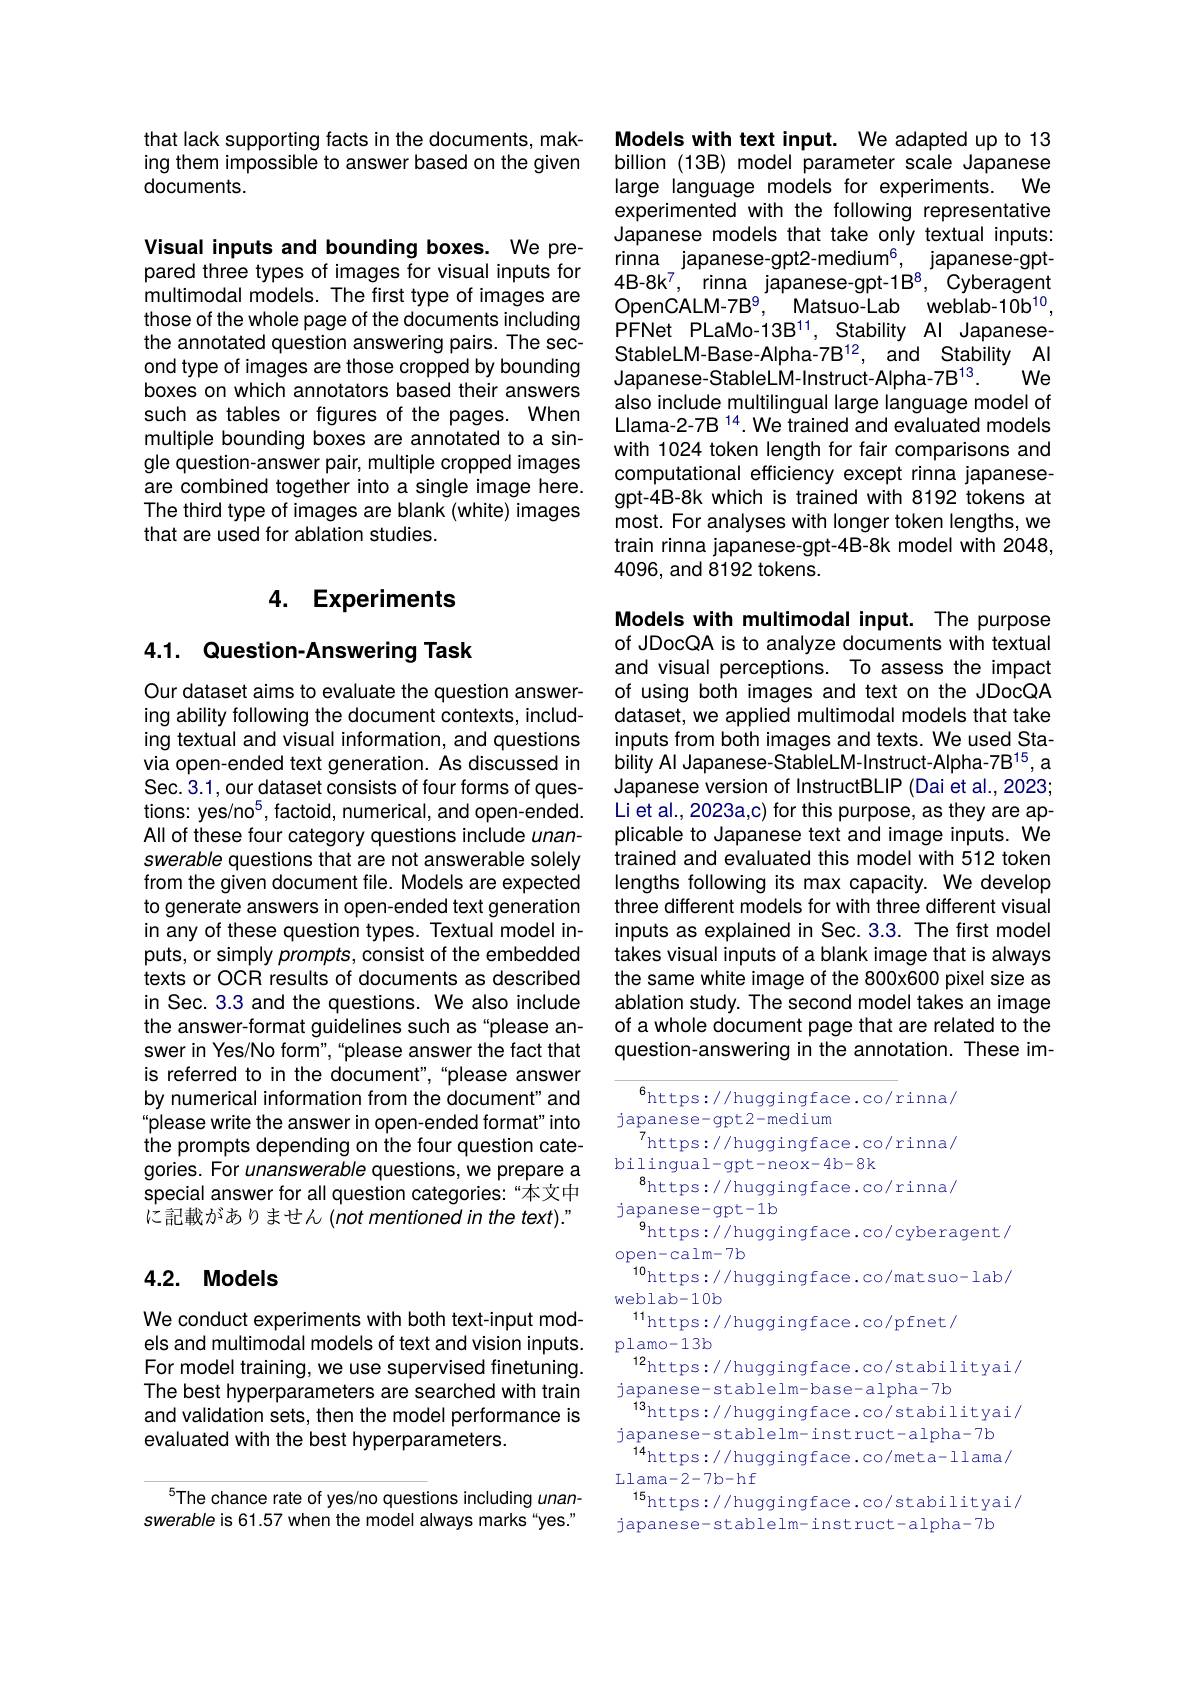
that lack supporting facts in the documents, making them impossible to answer based on the given documents.

Visual inputs and bounding boxes. We prepared three types of images for visual inputs for multimodal models. The first type of images are those of the whole page of the documents including the annotated question answering pairs. The second type of images are those cropped by bounding boxes on which annotators based their answers such as tables or figures of the pages. When multiple bounding boxes are annotated to a single question-answer pair, multiple cropped images are combined together into a single image here. The third type of images are blank (white) images that are used for ablation studies.

## 4. Experiments

## 4.1. Question-Answering Task

Our dataset aims to evaluate the question answering ability following the document contexts, including textual and visual information, and questions via open-ended text generation. As discussed in Sec. 3.1, our dataset consists of four forms of questions: yes/no$^5$, factoid, numerical, and open-ended. All of these four category questions include unanswerable questions that are not answerable solely from the given document file. Models are expected to generate answers in open-ended text generation in any of these question types. Textual model inputs, or simply prompts, consist of the embedded texts or OCR results of documents as described in Sec. 3.3 and the questions. We also include the answer-format guidelines such as "please answer in Yes/No form",“please answer the fact that is referred to in the document",“please answer by numerical information from the document" and "please write the answer in open-ended format" into the prompts depending on the four question categories. For unanswerable questions, we prepare a special answer for all question categories:“本文中に記載がありません(not mentioned in the text)."

## 4.2. Models

We conduct experiments with both text-input models and multimodal models of text and vision inputs. For model training, we use supervised finetuning. The best hyperparameters are searched with train and validation sets, then the model performance is evaluated with the best hyperparameters.

The chance rate of yes/no questions including unanswerable is 61.57 when the model always marks“yes."

Models with text input. We adapted up to 13 billion (13B) model parameter scale Japanese
$We$
large language models for experiments.
experimented with the following representative Japanese models that take only textual inputs: rinina japanese-gpt2-medium$^6$, japanese-gpt- 4B-8k7, rinna japanese-gpt-1B8, Cyberagent $\mathsf{OpenCALM-7B}^{9}$,
Matsuo-Lab weblab-10b$^{10}$,
PFNet PLaMo-13B$^{11}$, Stability Al Japanese- $StableLM- Base- Alpha- 7B^{12}$, and Stability $Al$ Japanese- StableL M-Instruct- Alpha- 7 B$^{13}.$
$We$
also include multilingual large language model of Llama-2-7B $^{14}.$ We trained and evaluated models with 1024 token length for fair comparisons and computational efficiency except rinna japanesegpt-4B-8k which is trained with 8192 tokens at most. For analyses with longer token lengths, we train rinna japanese-gpt-4B-8k model with 2048, 4096, and 8192 tokens.

Models with multimodal input. The purpose of JDocQA is to analyze documents with textual and visual perceptions. To assess the impact of using both images and text on the JDocQA dataset, we applied multimodal models that take inputs from both images and texts. We used Stability Al Japanese-StableLM-Instruct-Alpha-7B$^{15}$,a Japanese version of InstructBLIP (Dai et al., 2023; Li et al., 2023a,c) for this purpose, as they are applicable to Japanese text and image inputs. We trained and evaluated this model with 512 token lengths following its max capacity. We develop three different models for with three different visual inputs as explained in Sec. 3.3. The first model takes visual inputs of a blank image that is always the same white image of the 800x600 pixel size as ablation study. The second model takes an image of a whole document page that are related to the question-answering in the annotation. These im-

$^{6}$https://huggingface.co/rinna/
$\operatorname*{japanese-gpt2-medium}$
7https://huggingface.co/rinna/
bilingual-gpt-neox-4b-8k
$^{8}$https://huggingface.co/rinna/
japanese-gpt-1b
$^{9}$https://huggingface.co/cyberagent/
open-calm-7b
$^{10}$https://huggingface.co/matsuo-lab/
weblab-10b
$^{11}$https://huggingface.co/pfnet/
plamo-13b
$^{12}$https://huggingface.co/stabilityai/
japanese-stablelm-base-alpha-7b
$^{13}$https://huggingface.co/stabilityai/
japanese- stablelm- inst ruct- alpha- 7 b $\begin{array}{c}{{14}}\\{{\mathrm{https://huggingface.co/meta-llama/}}}\\{{12m-2-7h-hf}}\end{array}$ Llama- 2- 7b- hf
$^{15}$https://huggingface.co/stabilityai/
japanese- stablelm- inst ruct- alpha- 7 b